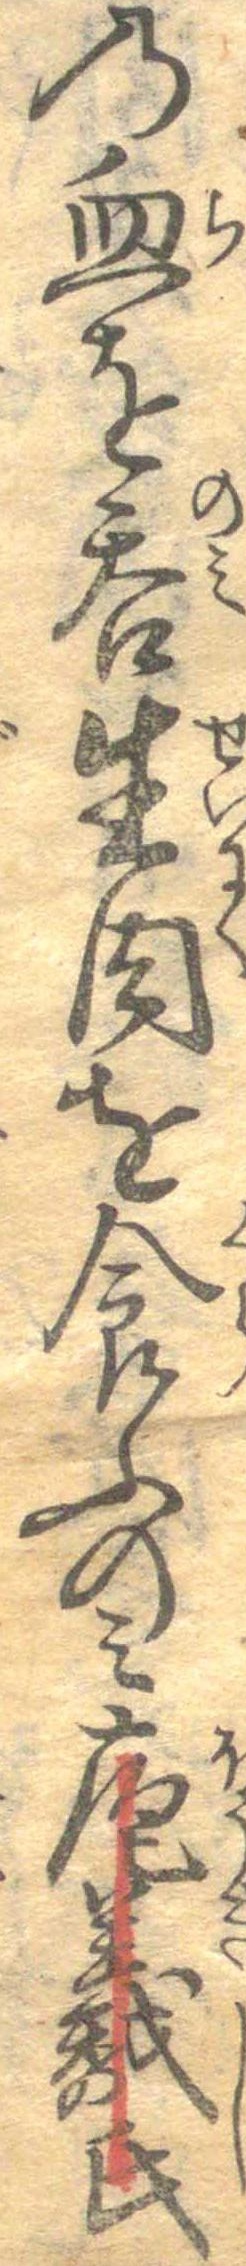
の血を呑生肉を食ふのみ庖羲氏